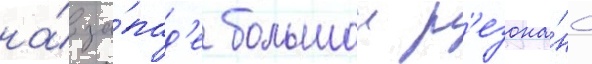
на́ за́пад'е большои р'езона́нс